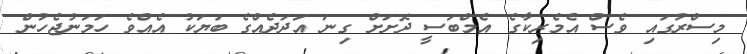
މިސްރުގައި ވެސް އެމެރިކާގެ އެމްބަސީ ދޮށަށް ގިނަ އަދަދެއްގެ ބަޔަކު އެއްވެ ހަމަނުޖެހުން